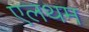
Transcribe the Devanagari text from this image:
एलथम